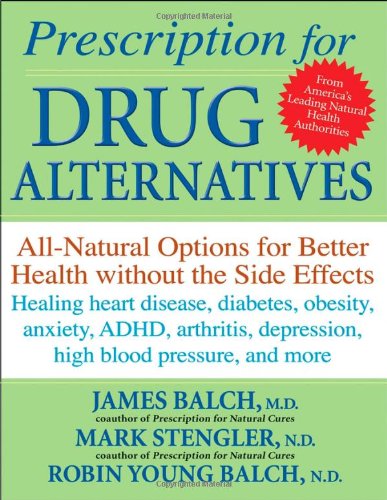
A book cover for Prescription for Drug Alternatives: All-Natural Options for Better Health without the Side Effects; James  F. Balch; Health, Fitness & Dieting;